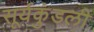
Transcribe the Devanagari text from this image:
सूर्यकुंडली